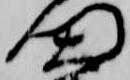
門